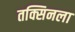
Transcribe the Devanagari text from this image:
तक्सिनला